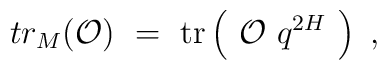
tr_{M} ({\cal O}) ~=~\hbox{tr} \left(~{\cal O} ~ q^{2H} ~\right) \ ,